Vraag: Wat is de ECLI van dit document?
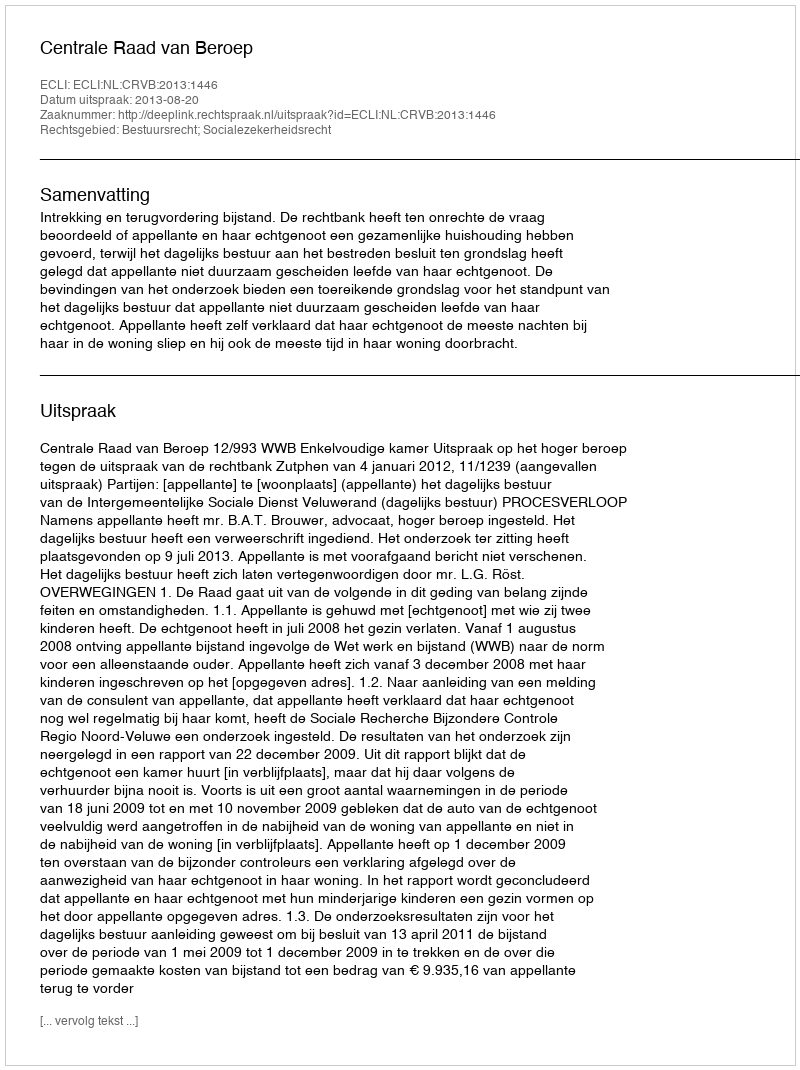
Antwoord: ECLI:NL:CRVB:2013:1446